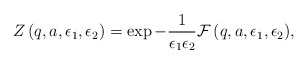
\begin{align*}Z\left(q, a, \epsilon_1, \epsilon_2\right)=\exp{-\frac{1}{\epsilon_1 \epsilon_2}{\cal F}\left(q, a,\epsilon_1, \epsilon_2 \right)}, \end{align*}